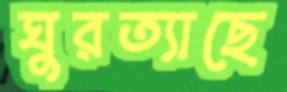
ঘুরত্যাছে